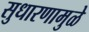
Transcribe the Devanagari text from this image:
सुधारणामुळे